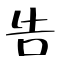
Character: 告